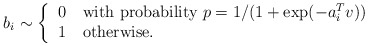
\begin{align*}b_i \sim \left\{\begin{tabular}{ll}0 & with probability $p=1/(1+ \exp(-a_i^Tv))$ \\1 & otherwise.\end{tabular}\right.\end{align*}